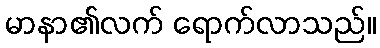
မာနာ၏လက် ရောက်လာသည်။